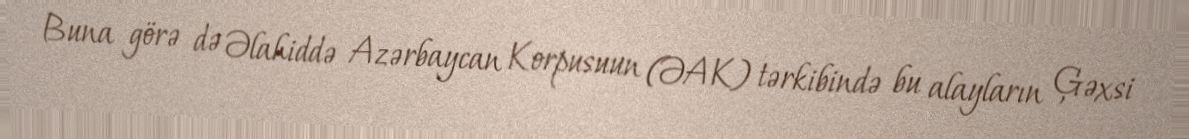
Buna görə də Əlahiddə Azərbaycan Korpusuun (ƏAK) tərkibində bu alayların Ģəxsi